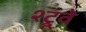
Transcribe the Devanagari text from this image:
श्ट्रूवे